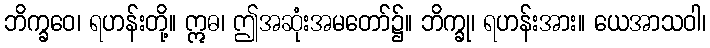
ဘိက္ခဝေ၊ ရဟန်းတို့။ ဣဓ၊ ဤအဆုံးအမတော်၌။ ဘိက္ခု၊ ရဟန်းအား။ ယေအာသဝါ၊